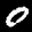
Label: 0